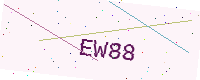
Text: EW88